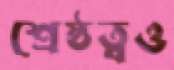
শ্রেষ্ঠত্বও